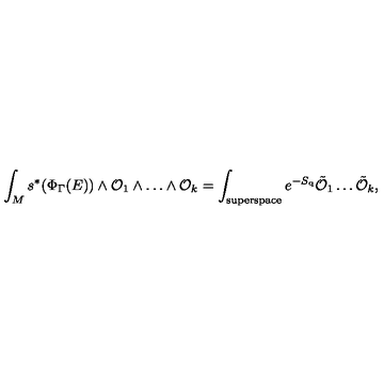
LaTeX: \int _ { M } s ^ { * } ( \Phi _ { \Gamma } ( E ) ) \wedge { \cal O } _ { 1 } \wedge \dots \wedge { \cal O } _ { k } = \int _ { \mathrm { s u p e r s p a c e } } e ^ { - S _ { \mathrm { q } } } \tilde { { \cal O } } _ { 1 } \dots \tilde { { \cal O } } _ { k } ,